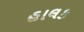
હાલક